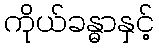
ကိုယ်ခန္ဓာနှင့်